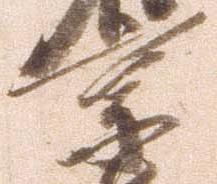
京